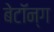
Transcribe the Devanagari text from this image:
बेटॉन्ग